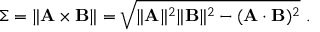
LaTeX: \Sigma = \| \mathbf { A \times B } \| = { \sqrt { \| \mathbf { A } \| ^ { 2 } \| \mathbf { B } \| ^ { 2 } - ( \mathbf { A \cdot B } ) ^ { 2 } } } \ .